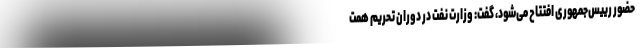
حضور رییس‌جمهوری افتتاح می‌شود، گفت: وزارت نفت در دوران تحریم همت